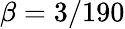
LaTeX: \beta=3/190